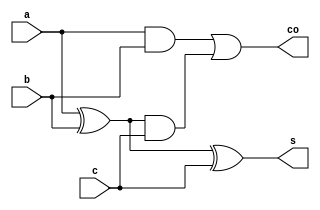
module full_str(output s,co, input a,b,c);
wire t1,t2,k;
// s is sum
// co is carry out
// Full adder
xor g1(s,a,b,c);
xor g2(k,a,b);
and (t1,a,b);
and (t2,k,c);
or(co, t1, t2);

endmodule

module full_df(s,co,a,b,c);
input a,b,c;
output s,co;
assign s=a^b^c;
assign co=(a&b)|(b&c)|(a&c);
endmodule

module full_b(s,co,a,b,c);
input a,b,c;
output reg s,co;
always @(*)
begin
s=a^b^c;
co=(a&b)|(b&c)|(a&c);
end

endmodule